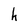
Character: h